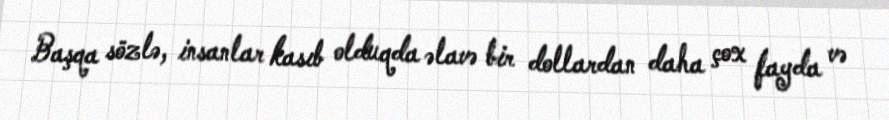
Başqa sözlə, insanlar kasıb olduqda əlavə bir dollardan daha çox fayda və